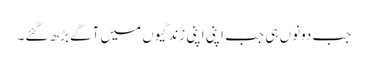
جب دونوں ہی جب اپنی اپنی زندگیوں میں آگے بڑھ گئے۔